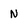
Character: N